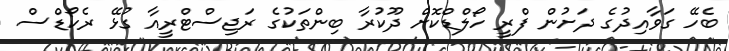
ބެހޭ ގަވާއިދުގެ ދަށުން ފްރީ ހޯލްޑްކޮށް ދޫކުރާ ބިންތަކުގެ ރަޖިސްޓްރީއާ ގުޅޭ ރެކޯޑްސް